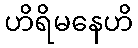
ဟိရိမနေဟိ